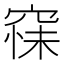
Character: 𮄆